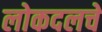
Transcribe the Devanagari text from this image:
लोकदलचे